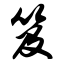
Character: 笈